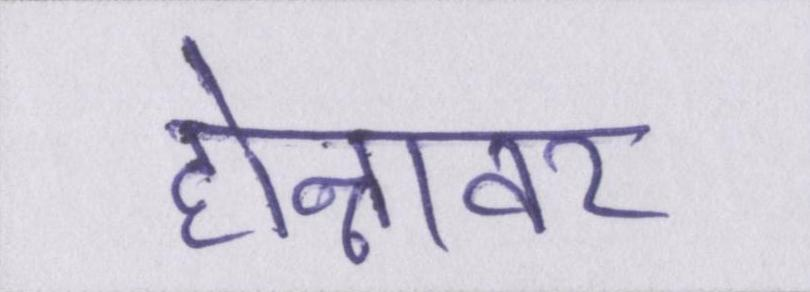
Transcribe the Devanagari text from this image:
होन्नावर